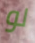
لو